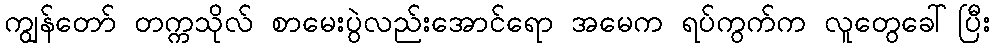
ကျွန်တော် တက္ကသိုလ် စာမေးပွဲလည်းအောင်ရော အမေက ရပ်ကွက်က လူတွေခေါ်ပြီး